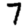
Digit: 7